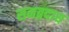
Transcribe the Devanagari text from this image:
समब्रदाय